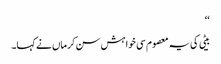
‘‘
بیٹی کی یہ معصوم سی خواہش سن کر ماں نے کہا۔